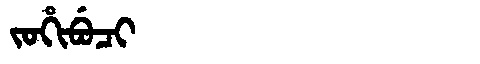
Manchu: ᠵᠣᡥᡳᠪᡠᠴᡳ
Romanization: JOHIBUCI